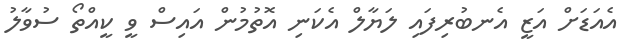
އެއަޑަށް އަޒީ އެނބުރިފައި ލަޔާލް އެކަނި އޮތުމުން އައިސް ވީ ކީއްތޯ ސުވާލު